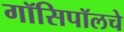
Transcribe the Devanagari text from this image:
गॉसिपॉलचे